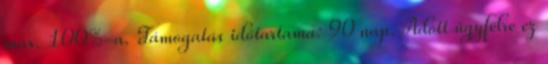
max. 100%-a. Támogatás időtartama: 90 nap. Adott ügyfélre ez